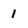
Character: 1